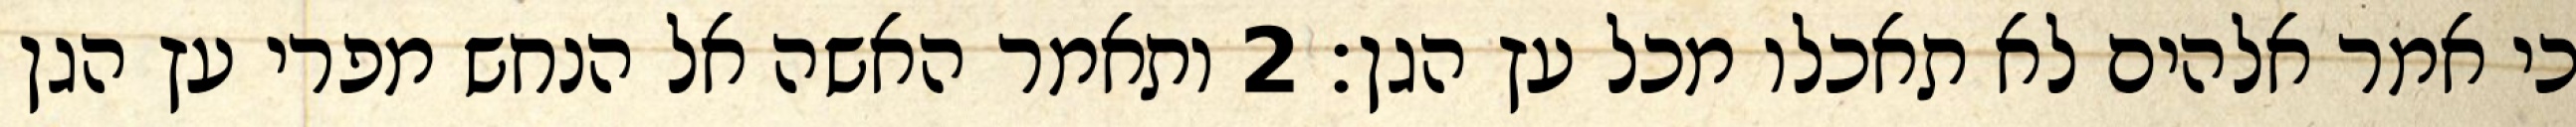
כי אמר אלהים לא תאכלו מכל עץ הגן׃ ‎2‏ ותאמר האשה אל הנחש מפרי עץ הגן